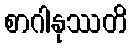
စာဂါနုဿတိ